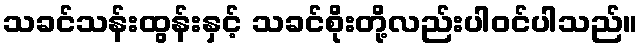
သခင်သန်းထွန်းနှင့် သခင်စိုးတို့လည်းပါဝင်ပါသည်။